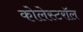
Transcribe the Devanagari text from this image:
कोलेस्टरॉल